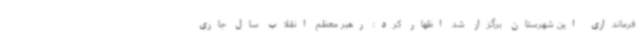
فرمانداری این شهرستان برگزار شد اظهار کرد: رهبر معظم انقلاب سال جاری